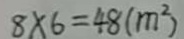
8 \times 6 = 4 8 ( m ^ { 2 } )